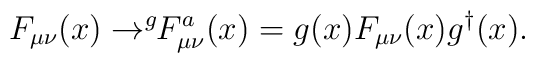
F_{\mu \nu}(x) \rightarrow ^g \! \! F_{\mu \nu}^a(x) = g(x) F_{\mu \nu}(x) g^\dagger(x) .